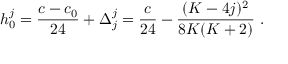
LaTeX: h _ { 0 } ^ { j } = { \frac { c - c _ { 0 } } { 2 4 } } + \Delta _ { j } ^ { j } = { \frac { c } { 2 4 } } - { \frac { ( K - 4 j ) ^ { 2 } } { 8 K ( K + 2 ) } } { } ~ .